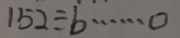
1 5 2 \div b \cdots 0